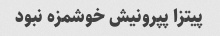
پیتزا پپرونیش خوشمزه نبود